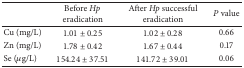
<table><thead><tr><td><b> </b></td><td><b>Before <i>Hp</i> eradication</b></td><td><b>After <i>Hp</i> successful eradication</b></td><td><b><i>P</i> value</b></td></tr></thead><tbody><tr><td>Cu (mg/L)</td><td>1.01 ± 0.25</td><td>1.02 ± 0.28</td><td>0.66</td></tr><tr><td>Zn (mg/L)</td><td>1.78 ± 0.42</td><td>1.67 ± 0.44</td><td>0.17</td></tr><tr><td>Se (<i>μ</i>g/L)</td><td>154.24 ± 37.51</td><td>141.72 ± 39.01</td><td>0.06</td></tr></tbody></table>